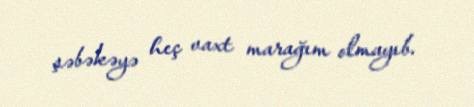
şəbəkəyə heç vaxt marağım olmayıb.